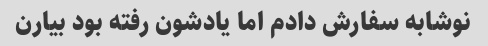
نوشابه سفارش دادم اما یادشون رفته بود بیارن